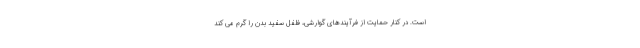
است. در کنار حمایت از فرآیندهای گوارشی، فلفل سفید بدن را گرم می کند